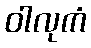
ဝါလုကံ